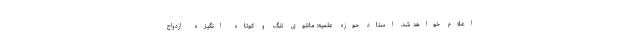
اعلام خواهد شد. استاد حوزه علمیه: مانتوی تنگ و کوتاه انگیزه ازدواج